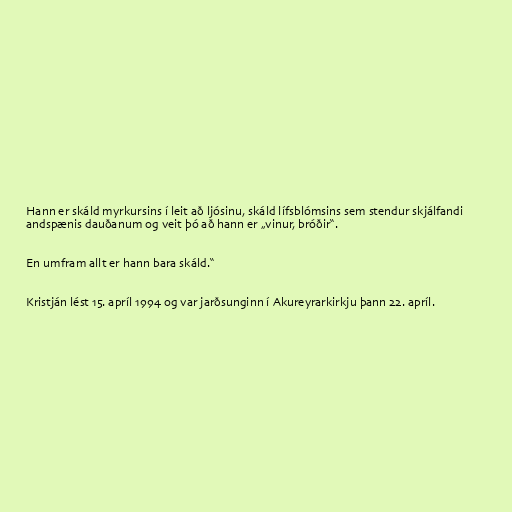
Hann er skáld myrkursins í leit að ljósinu, skáld lífsblómsins sem stendur skjálfandi
andspænis dauðanum og veit þó að hann er „vinur, bróðir“.

En umfram allt er hann bara skáld.“

Kristján lést 15. apríl 1994 og var jarðsunginn í Akureyrarkirkju þann 22. apríl.